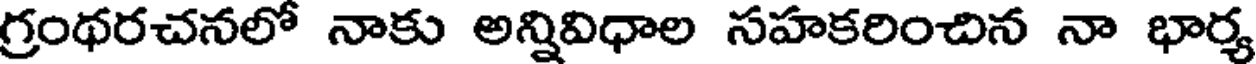
గ్రంథరచనలో నాకు అన్నివిధాల సహకరించిన నా భార్య